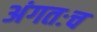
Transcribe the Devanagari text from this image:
अंगतःच